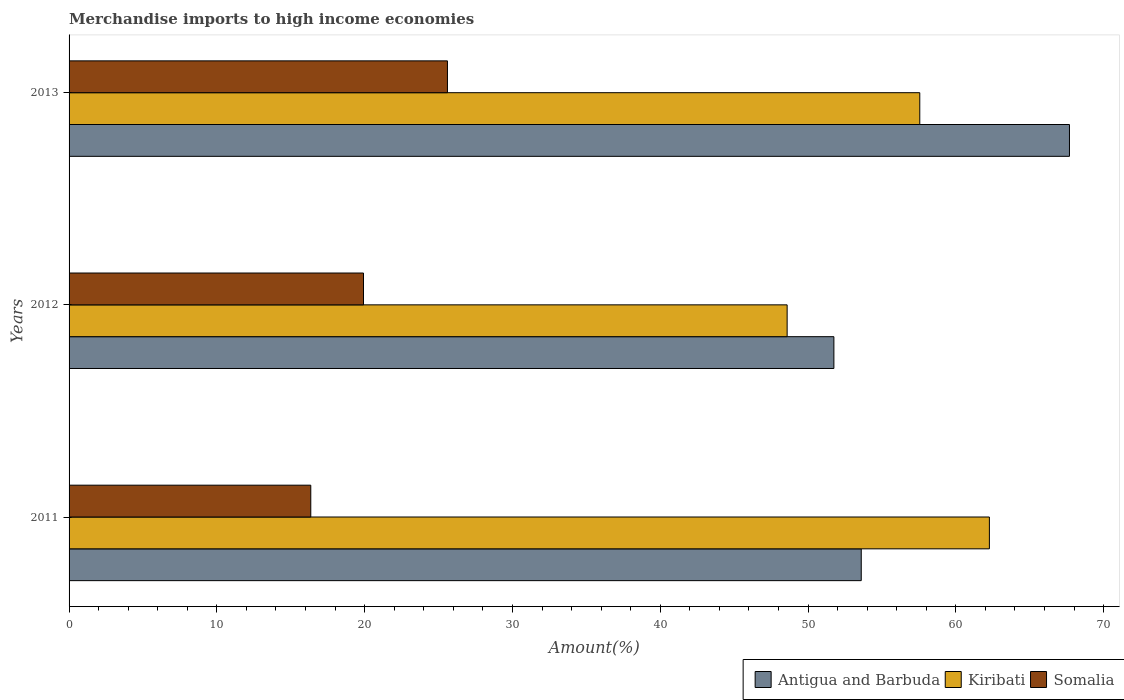
| Years | Antigua and Barbuda | Kiribati | Somalia |
 | --- | --- | --- | --- |
 | 2011 | 53.6 | 62.3 | 16.4 |
 | 2012 | 51.7 | 48.6 | 19.9 |
 | 2013 | 67.7 | 57.6 | 25.6 |